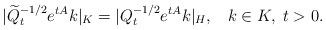
LaTeX: \begin{align*} |{ \widetilde Q}_t^{-1/2} e^{tA} k|_K = |{ Q}_t^{-1/2} e^{tA} k|_H,\;\;\; k \in K, \; t>0. \end{align*}